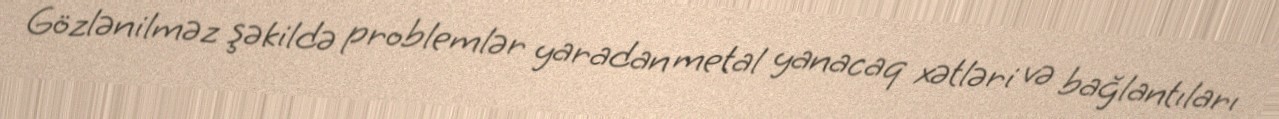
Gözlənilməz şəkildə problemlər yaradan metal yanacaq xətləri və bağlantıları